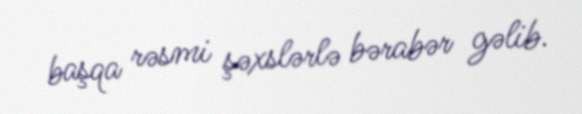
başqa rəsmi şəxslərlə bərabər gəlib.